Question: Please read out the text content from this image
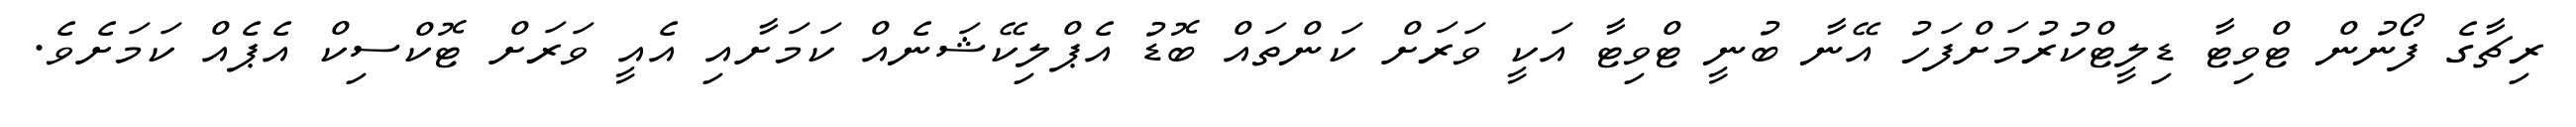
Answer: ރިޗާގެ ފޯނުން ޓްވިޓާ ޑިލީޓްކުރުމަށްފަހު އޭނާ ބުނީ ޓްވިޓާ އަކީ ވަރަށް ކަންތައް ބޮޑު އެޕްލިކޭޝަނެއް ކަމަށާއި އެއީ ވަރަށް ޓޮކްސިކް އެޕެއް ކަމަށެވެ.